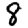
Digit: 8